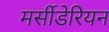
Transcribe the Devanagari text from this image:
मर्सीडेरियन